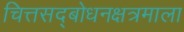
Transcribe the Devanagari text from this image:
चित्तसद्‍बोधनक्षत्रमाला